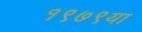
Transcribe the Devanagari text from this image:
१९७९या